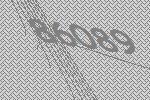
86089